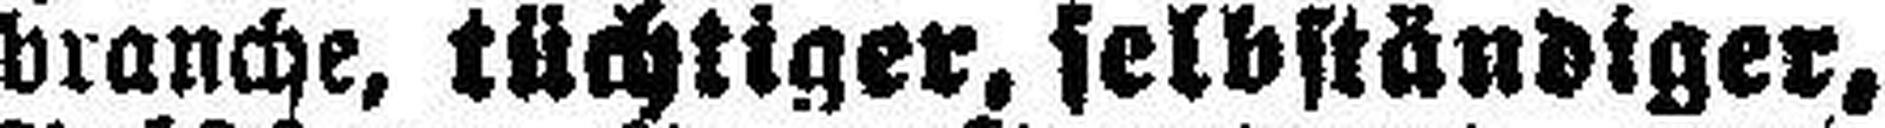
branche, tüchtiger, selbständiger,